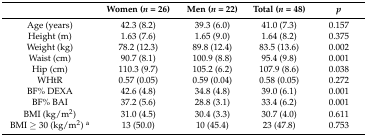
|  | Women (n = 26) | Men (n = 22) | Total (n = 48) | p |
 | --- | --- | --- | --- | --- |
 | Age (years) | 42.3 (8.2) | 39.3 (6.0) | 41.0 (7.3) | 0.157 |
 | Height (m) | 1.63 (7.6) | 1.65 (9.0) | 1.64 (8.2) | 0.375 |
 | Weight (kg) | 78.2 (12.3) | 89.8 (12.4) | 83.5 (13.6) | 0.002 |
 | Waist (cm) | 90.7 (8.1) | 100.9 (8.8) | 95.4 (9.8) | 0.001 |
 | Hip (cm) | 110.3 (9.7) | 105.2 (6.2) | 107.9 (8.6) | 0.038 |
 | WHtR | 0.57 (0.05) | 0.59 (0.04) | 0.58 (0.05) | 0.272 |
 | BF% DEXA | 42.6 (4.8) | 34.8 (4.8) | 39.0 (6.1) | 0.001 |
 | BF% BAI | 37.2 (5.6) | 28.8 (3.1) | 33.4 (6.2) | 0.001 |
 | BMI (kg/m2) | 31.0 (4.5) | 30.4 (3.3) | 30.7 (4.0) | 0.611 |
 | BMI ≥ 30 (kg/m2) a | 13 (50.0) | 10 (45.4) | 23 (47.8) | 0.753 |